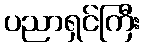
ပညာရှင်ကြီး